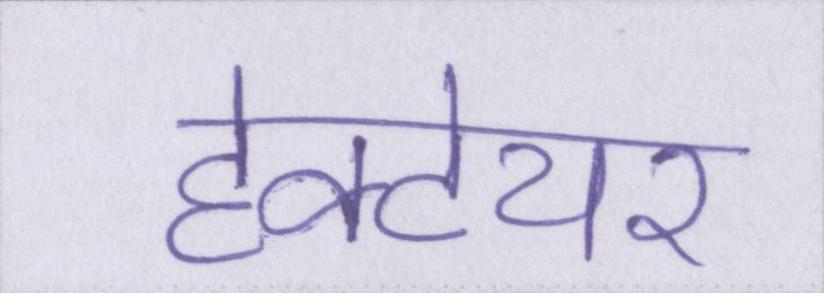
हेक्टेयर